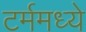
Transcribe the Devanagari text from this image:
टर्ममध्ये